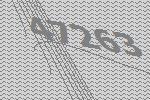
47263